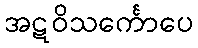
အဋဝိသင်္ကောပေ